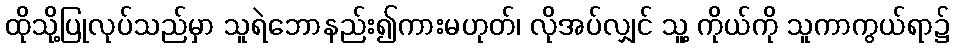
ထိုသို့ပြုလုပ်သည်မှာ သူရဲဘောနည်း၍ကားမဟုတ်၊ လိုအပ်လျှင် သူ့ ကိုယ်ကို သူကာကွယ်ရာ၌